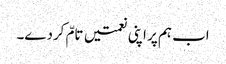
اب ہم پر اپنی نعمتیں تامّ کردے۔